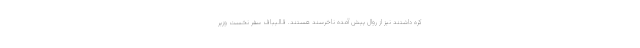
کره داشتند نیز از روال پیش آمده ناخرسند هستند. قالیباف سفر نخست وزیر